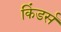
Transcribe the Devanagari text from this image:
किंडर्स